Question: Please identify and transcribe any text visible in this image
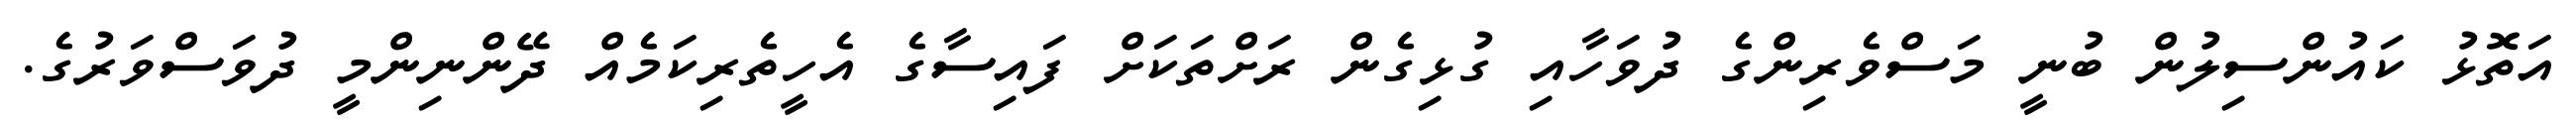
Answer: އަތޮޅު ކައުންސިލުން ބުނީ މަސްވެރިންގެ ދުވަހާއި ގުޅިގެން ރަށްތަކަށް ފައިސާގެ އެހީތެރިކަމެއް ދޭންނިންމީ ދުވަސްވަރުގެ.